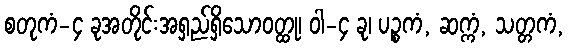
စတုကံ-၄ ခုအတိုင်းအရှည်ရှိသောဝတ္ထု၊ ဝါ-၄ ခု၊ ပဉ္စကံ, ဆက္ကံ, သတ္တကံ,